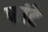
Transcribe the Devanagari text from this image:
फांटे